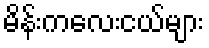
မိန်းကလေးငယ်များ